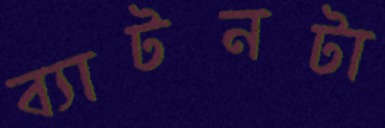
ব্যাটনটা